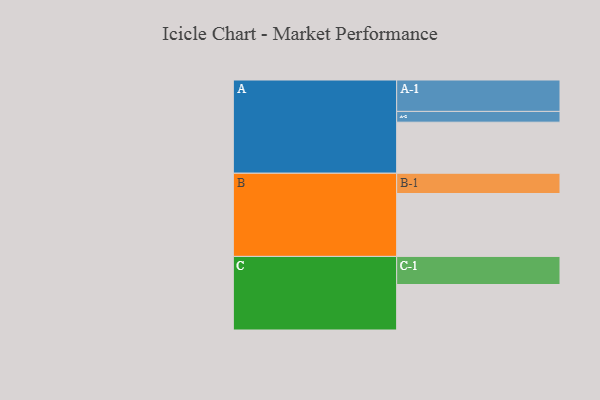
{"axis": {"x": "Segment", "y": "Value"}, "legend": ["", "A", "B", "C"], "data": [{"x": "A", "y": 431, "type": ""}, {"x": "B", "y": 531, "type": ""}, {"x": "C", "y": 384, "type": ""}, {"x": "A-1", "y": 265, "type": "A"}, {"x": "A-2", "y": 91, "type": "A"}, {"x": "B-1", "y": 171, "type": "B"}, {"x": "C-1", "y": 237, "type": "C"}]}